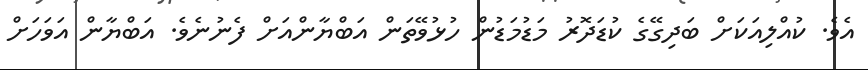
އެވެ. ކުއްލިއަކަށް ބަދިގޭގެ ކުޑަދޮރު މަޑުމަޑުން ހުޅުވޭތަން އަބްޔާންއަށް ފެނުނެވެ. އަބްޔާން އަވަހަށް